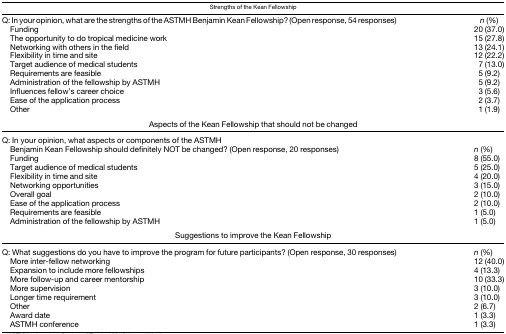
<table><thead><tr><td colspan="2"><b>Strengths of the Kean Fellowship</b></td></tr></thead><tbody><tr><td>Q: In your opinion, what are the strengths of the ASTMH Benjamin Kean Fellowship? (Open response, 54 responses)</td><td><i>n</i> (%)</td></tr><tr><td> Funding</td><td>20 (37.0)</td></tr><tr><td> The opportunity to do tropical medicine work</td><td>15 (27.8)</td></tr><tr><td> Networking with others in the field</td><td>13 (24.1)</td></tr><tr><td> Flexibility in time and site</td><td>12 (22.2)</td></tr><tr><td> Target audience of medical students</td><td>7 (13.0)</td></tr><tr><td> Requirements are feasible</td><td>5 (9.2)</td></tr><tr><td> Administration of the fellowship by ASTMH</td><td>5 (9.2)</td></tr><tr><td> Influences fellow’s career choice</td><td>3 (5.6)</td></tr><tr><td> Ease of the application process</td><td>2 (3.7)</td></tr><tr><td> Other</td><td>1 (1.9)</td></tr><tr><td colspan="2">Aspects of the Kean Fellowship that should not be changed</td></tr><tr><td>Q: In your opinion, what aspects or components of the ASTMH Benjamin Kean Fellowship should definitely NOT be changed? (Open response, 20 responses)</td><td><i>n</i> (%)</td></tr><tr><td> Funding</td><td>8 (55.0)</td></tr><tr><td> Target audience of medical students</td><td>5 (25.0)</td></tr><tr><td> Flexibility in time and site</td><td>4 (20.0)</td></tr><tr><td> Networking opportunities</td><td>3 (15.0)</td></tr><tr><td> Overall goal</td><td>2 (10.0)</td></tr><tr><td> Ease of the application process</td><td>2 (10.0)</td></tr><tr><td> Requirements are feasible</td><td>1 (5.0)</td></tr><tr><td> Administration of the fellowship by ASTMH</td><td>1 (5.0)</td></tr><tr><td colspan="2">Suggestions to improve the Kean Fellowship</td></tr><tr><td>Q: What suggestions do you have to improve the program for future participants? (Open response, 30 responses)</td><td><i>n</i> (%)</td></tr><tr><td> More inter-fellow networking</td><td>12 (40.0)</td></tr><tr><td> Expansion to include more fellowships</td><td>4 (13.3)</td></tr><tr><td> More follow-up and career mentorship</td><td>10 (33.3)</td></tr><tr><td> More supervision</td><td>3 (10.0)</td></tr><tr><td> Longer time requirement</td><td>3 (10.0)</td></tr><tr><td> Other</td><td>2 (6.7)</td></tr><tr><td> Award date</td><td>1 (3.3)</td></tr><tr><td> ASTMH conference</td><td>1 (3.3)</td></tr></tbody></table>